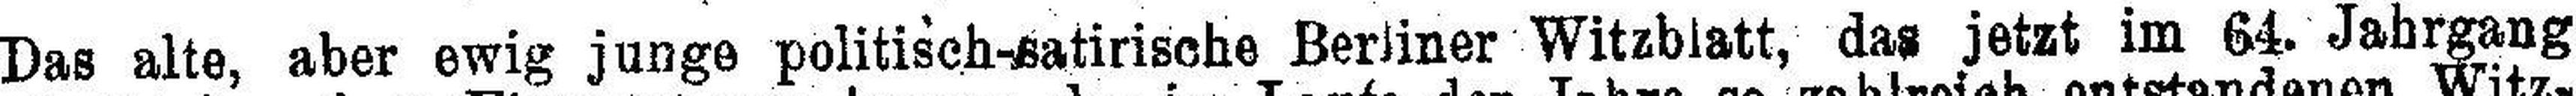
Das alte, aber ewig junge politisch-satirische Berliner Witzblatt, das jetzt im 64. Jahrgang